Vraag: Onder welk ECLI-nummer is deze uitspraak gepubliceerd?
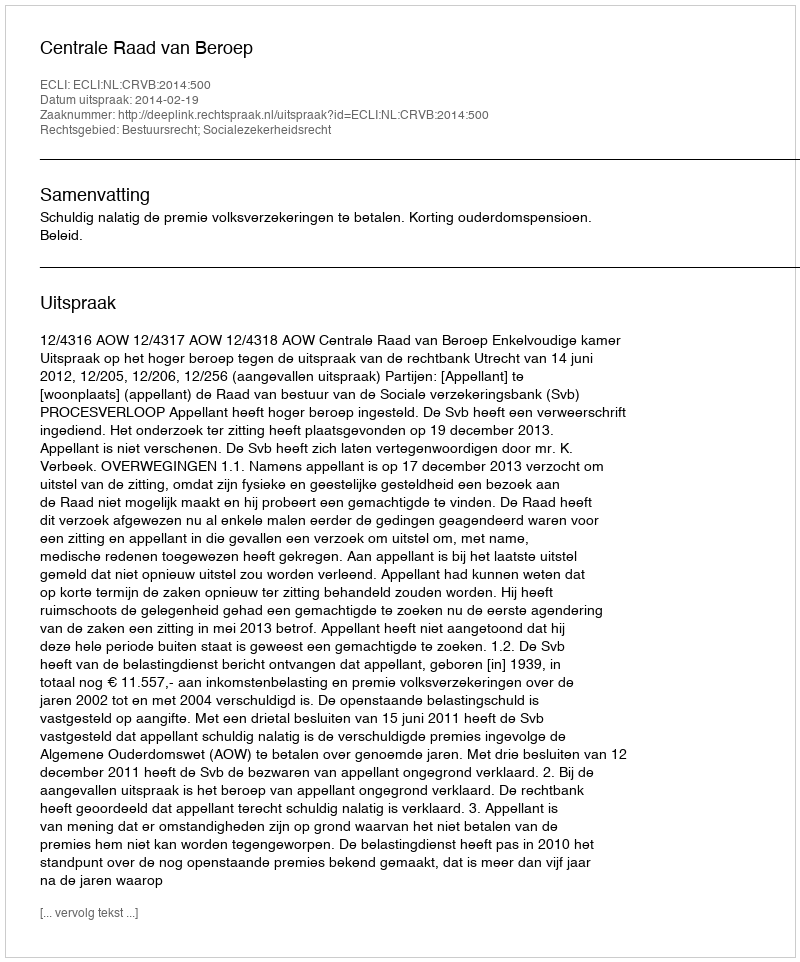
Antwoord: ECLI:NL:CRVB:2014:500